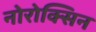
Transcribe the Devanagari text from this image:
नोरोक्सिन